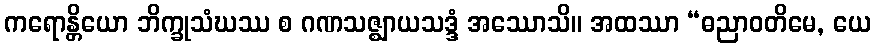
ကရောန္တိယော ဘိက္ခုသံဃဿ စ ဂဏသဇ္ဈာယသဒ္ဒံ အဿောသိ။ အထဿာ “ဓညာဝတိမေ, ယေ